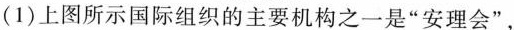
(1)上图所示国际组织的主要机构之一是”安理会”，